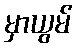
မှာယွမ်